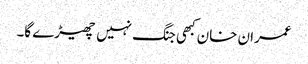
عمران خان کبھی جنگ نہیں چھیڑے گا۔